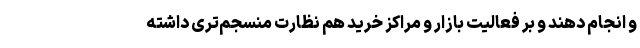
و انجام دهند و بر فعالیت بازار و مراکز خرید هم نظارت منسجم‌تری داشته